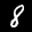
Label: 8